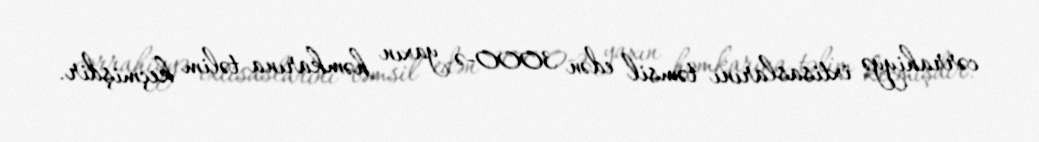
cərrahiyyə ixtisaslarını təmsil edən 3000-ə yaxın həmkarına təlim keçmişdir.